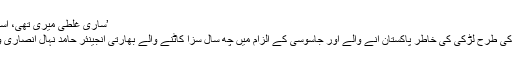
’ساری غلطی میری تھی، اسی کی سزا ملی‘
بالی ووڈ فلموں کی طرح لڑکی کی خاطر پاکستان آنے والے اور جاسوسی کے الزام میں چھ سال سزا کاٹنے والے بھارتی انجینئر حامد نہال انصاری وطن لوٹ گئے۔